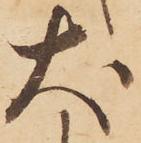
犬